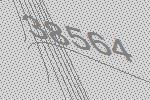
38564